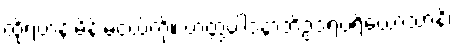
ထိုရဟန်းမိန်းမငယ်ကို။ ဟတ္ထပါဒနာဘိဥဒရပရိယောသာနိ၊